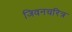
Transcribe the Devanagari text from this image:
जिवनचरित्र